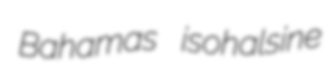
Bahamas isohalsine